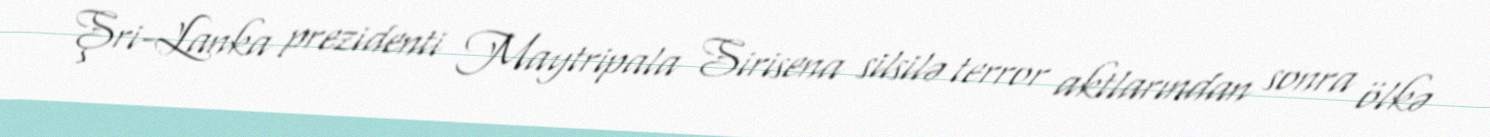
Şri-Lanka prezidenti Maytripala Sirisena silsilə terror aktlarından sonra ölkə